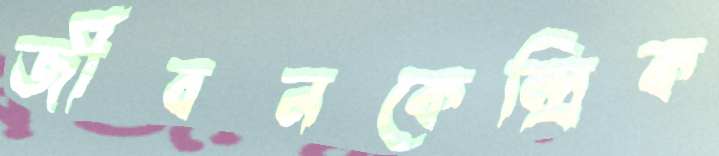
জীবনকেন্দ্রিক